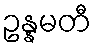
ဥန္နမတီ